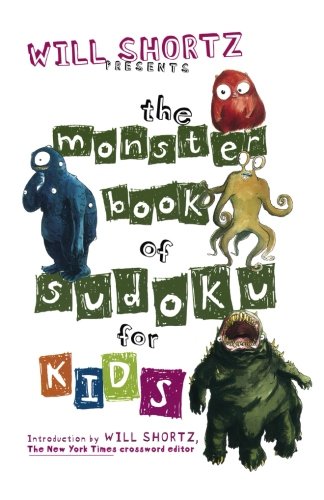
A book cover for Will Shortz Presents The Monster Book of Sudoku for Kids: 150 Fun Puzzles; Humor & Entertainment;